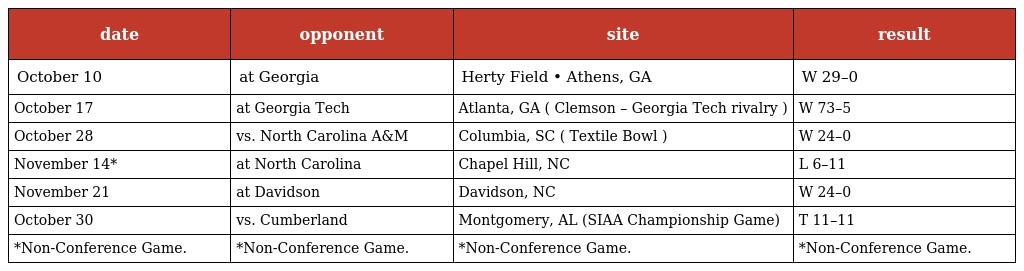
| date | opponent | site | result |
 | --- | --- | --- | --- |
 | October 10 | at Georgia | Herty Field • Athens, GA | W 29–0 |
 | October 17 | at Georgia Tech | Atlanta, GA ( Clemson – Georgia Tech rivalry ) | W 73–5 |
 | October 28 | vs. North Carolina A&M | Columbia, SC ( Textile Bowl ) | W 24–0 |
 | November 14* | at North Carolina | Chapel Hill, NC | L 6–11 |
 | November 21 | at Davidson | Davidson, NC | W 24–0 |
 | October 30 | vs. Cumberland | Montgomery, AL (SIAA Championship Game) | T 11–11 |
 | *Non-Conference Game. | *Non-Conference Game. | *Non-Conference Game. | *Non-Conference Game. |